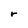
Character: r